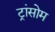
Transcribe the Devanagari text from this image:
ट्रांसोम